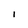
Character: I